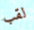
لقب